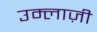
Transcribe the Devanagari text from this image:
उम्लाज़ी